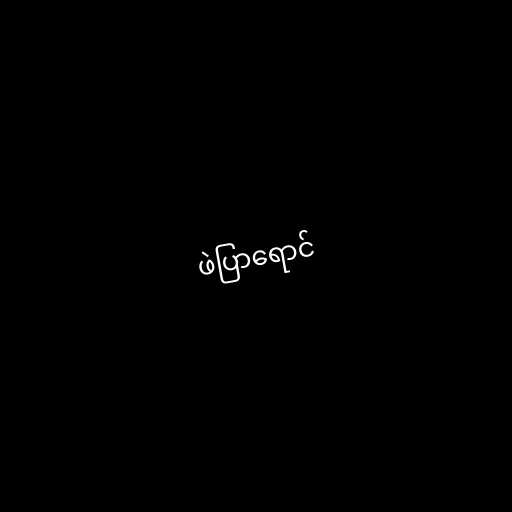
ဖဲပြာရောင်